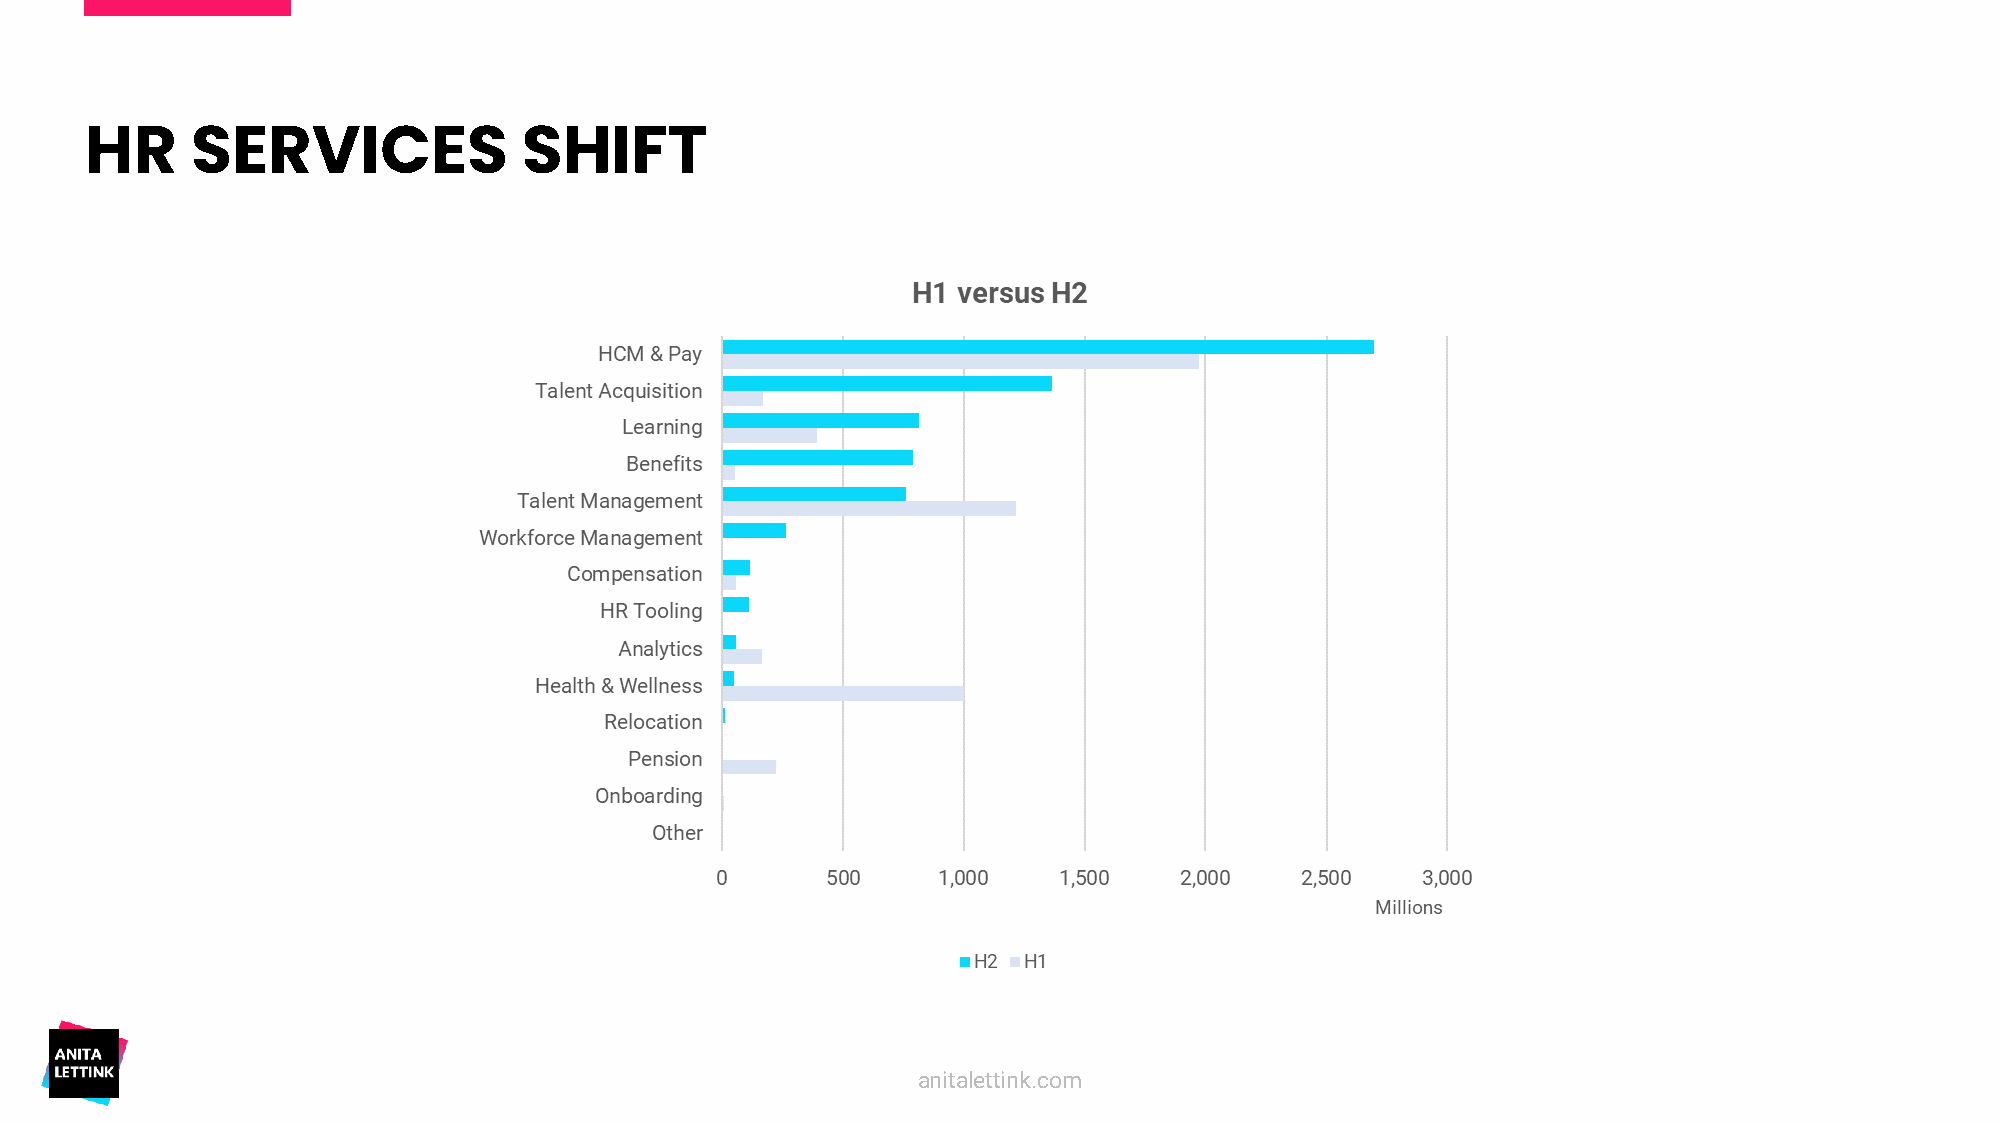
HR     SERVICES              SHIFT
 anitalettink.com